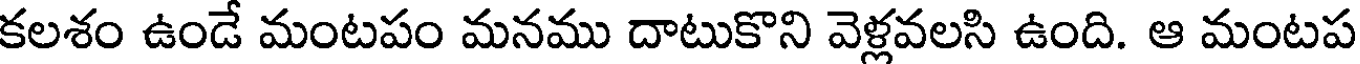
కలశం ఉండే మంటపం మనము దాటుకొని వెళ్లవలసి ఉంది. ఆ మంటప